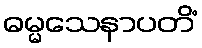
ဓမ္မသေနာပတိံ